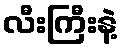
လီးကြီးနဲ့